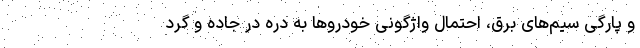
و پارگی سیم‌های برق، احتمال واژگونی خودروها به دره در جاده‌ و گرد